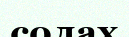
солах